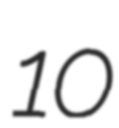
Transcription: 10